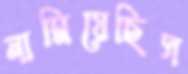
নামিয়েছিস